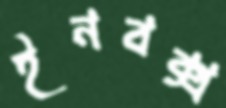
ইনবক্স